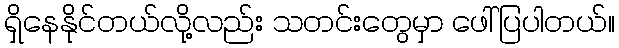
ရှိနေနိုင်တယ်လို့လည်း သတင်းတွေမှာ ဖေါ်ပြပါတယ်။